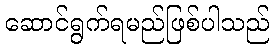
ဆောင်ရွက်ရမည်ဖြစ်ပါသည်